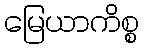
မြေယာကိစ္စ